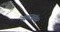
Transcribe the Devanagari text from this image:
समजांवर